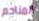
المناجم